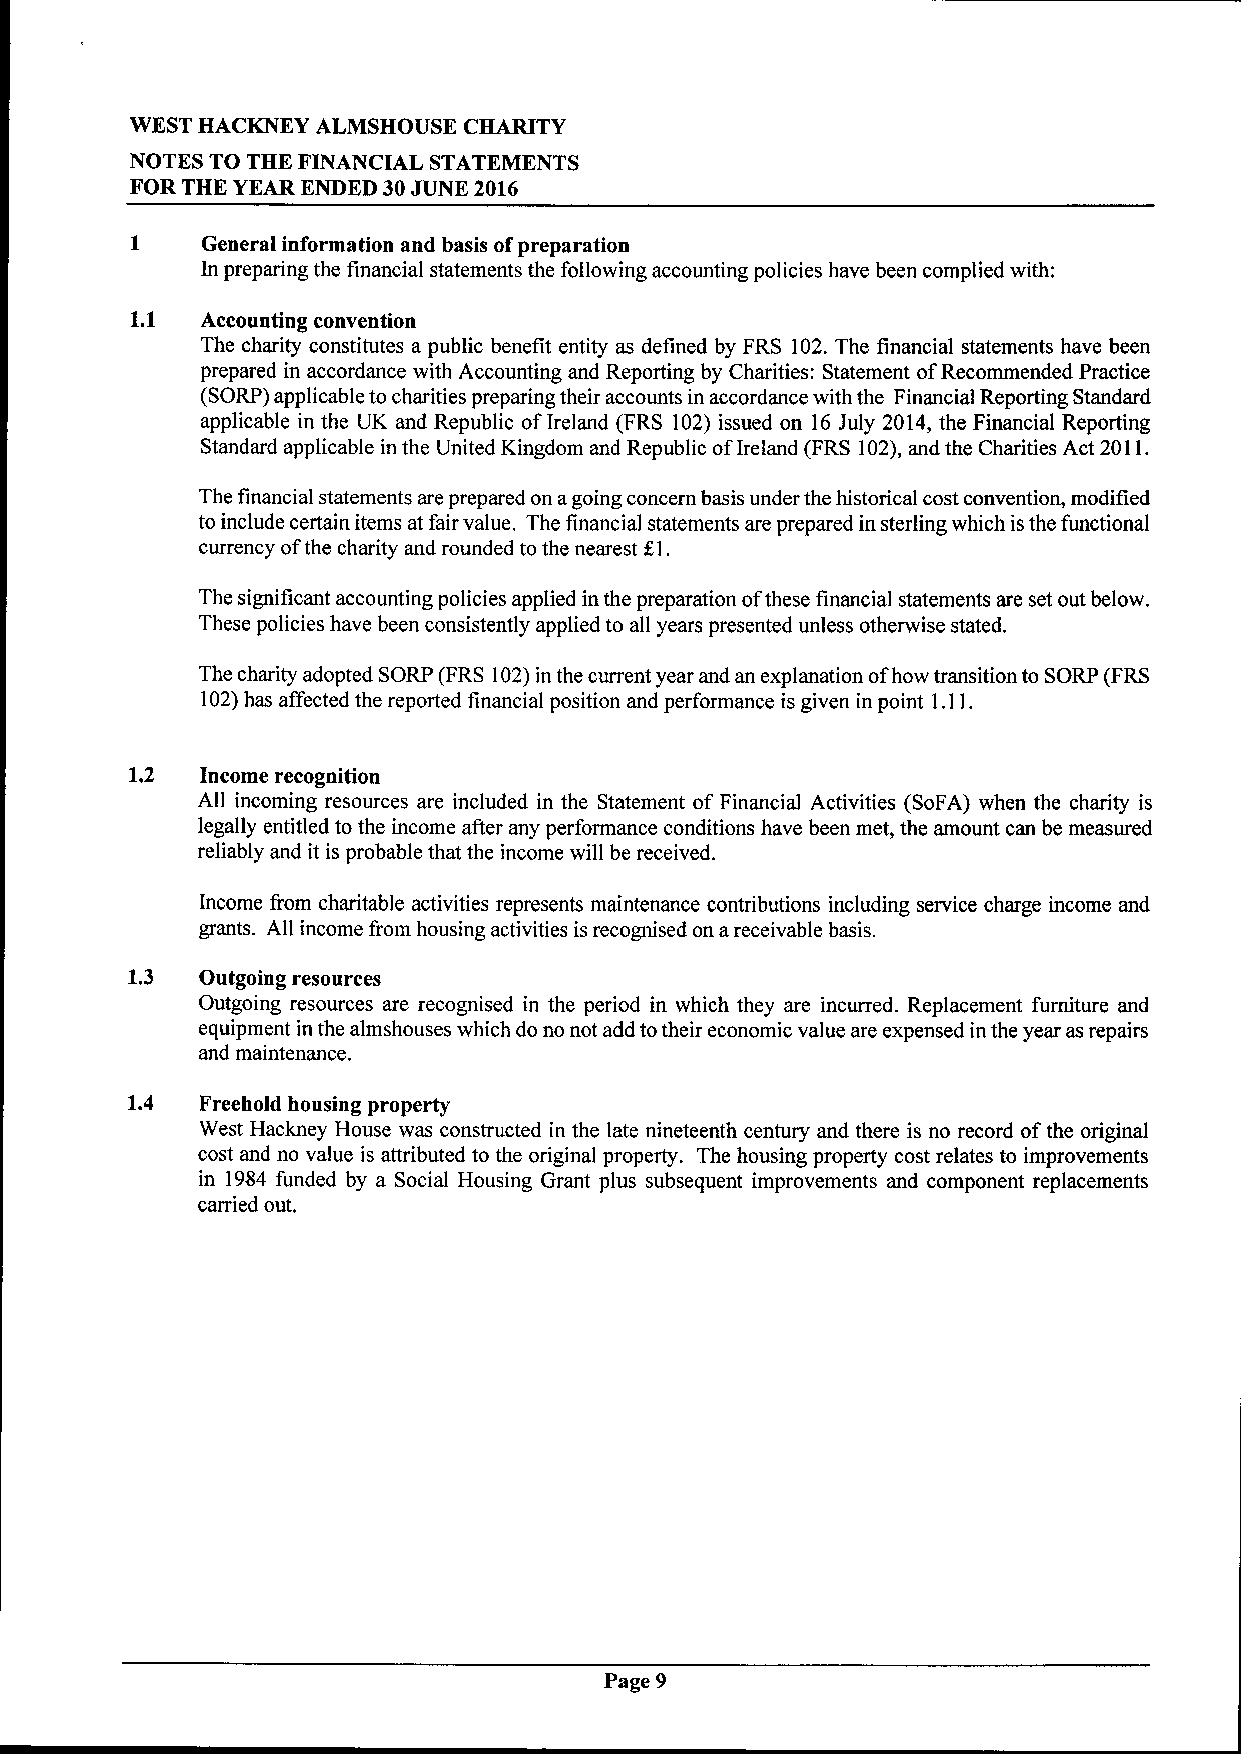
WEST HACKNEY ALMSHOUSE CHARITY
 NOTES TO THE FINANCIAL STATEMENTS
 FOR THE YEAR ENDED 30JUNE 2016
 1   General information and basis ofpreparation
 In preparing the financial statements the following accounting policies have been complied with:
 1.1 Accounting convention
 The charity constitutes a public benefit entity as defined by FRS 102.The financial statements have been
 prepared in accordance with Accounting and Reporting by Charities: Statement ofRecommended Practice
 (SORP)applicable to charities preparing their accounts in accordance with the Financial Reporting Standard
 applicable in the UK and Republic ofIreland (FRS 102)issued on 16July 2014, the Financial Reporting
 Standard applicable in the United Kingdom and Republic ofIreland (FRS 102),and the Charities Act 2011.
 The financial statements are prepared on agoing concern basis under the historical cost convention, modified
 to include certain items at fair value. The financial statements are prepared in sterling which isthe functional
 currency ofthe charity and rounded to the nearest $1.
 The significant accounting policies applied in the preparation ofthese financial statements are set out below.
 These policies have been consistently applied to all years presented unless otherwise stated.
 The charity adopted SORP (FRS 102)in the current year and an explanation ofhow transition to SORP (FRS
 102)has affected the reported financial position and performance is given in point 1.11.
 1.2 Income recognition
 All incoming resources are included in the Statement of Financial Activities (SoFA) when the charity is
 legally entitled to the income after any performance conditions have been met, the amount can be measured
 reliably and it is probable that the income will be received.
 Income from charitable activities represents maintenance contributions including service charge income and
 grants. All income from housing activities is recognised on areceivable basis.
 1.3  Outgoing resources
 Outgoing resources are recognised in the period in which they are incurred. Replacement furniture and
 equipment in the almshouses which do no not add totheir economic value are expensed in the year as repairs
 and maintenance.
 1.4  Freehold housing property
 West Hackney House was constructed in the late nineteenth century and there is no record ofthe original
 cost and no value is ath.ibuted to the original property. The housing property cost relates to improvements
 in 1984 funded by a Social Housing Grant plus subsequent improvements and component replacements
 carried out.
 Page 9